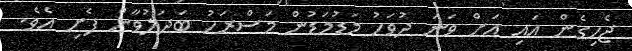
ޖެހިގެން އައި އަށް ވަނަ ދުވަހު މަޑުމަޑުން މަސްރަހު ބަދަލުވާން ފެށި އެވެ.